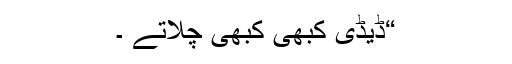
“ڈیڈی کبھی کبھی چلاتے ۔